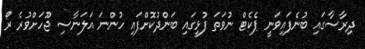
ދިރާސާގައި ބުނެފައިވަނީ ޕެކެޓް ނުވަތަ ފުޅީގައި ބަންދުކޮށްފައި ހުންނަ އަލަނާސި ޖޫހަށްވުރެ ރޯ